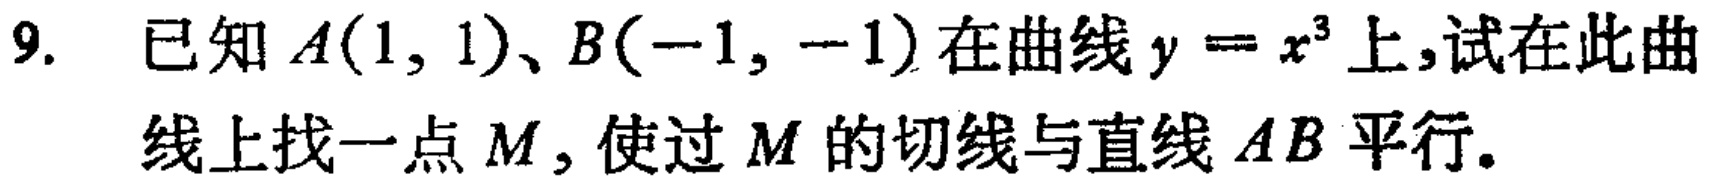
9. 已知\(A(1,1)\)、\(B(-1,-1)\)在曲线\(y = x^{3}\)上,试在此曲线上找一点\(M\), 使过\(M\)的切线与直线\(AB\)平行。